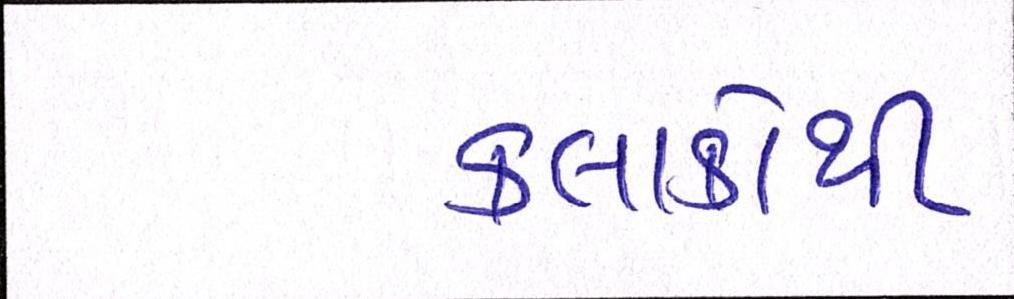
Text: કલાકોથી